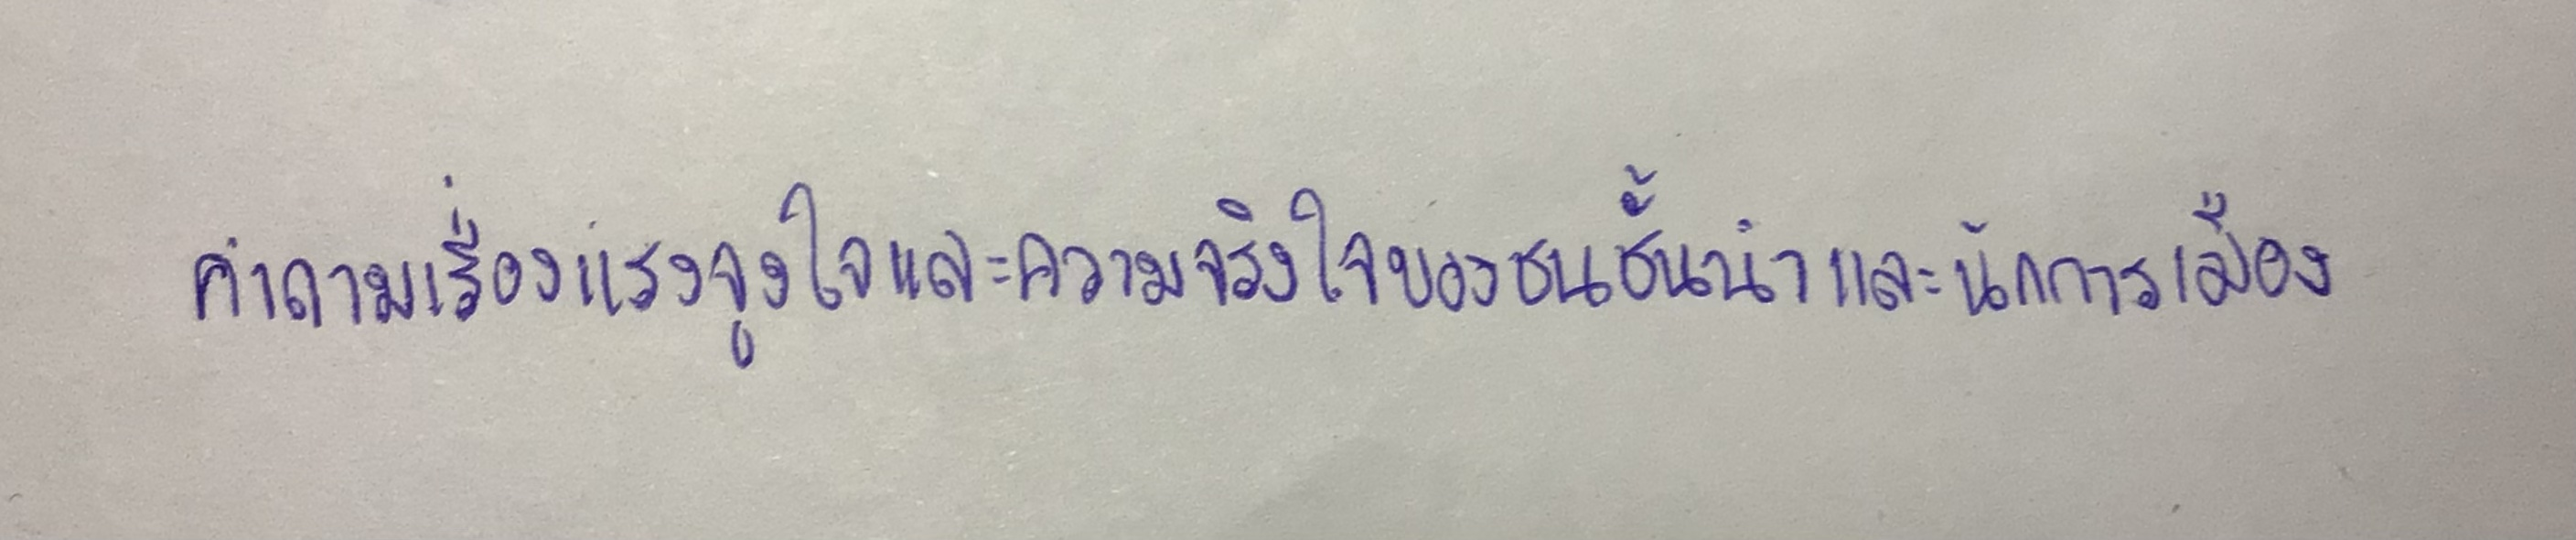
คำถามเรื่องแรงจูงใจและความจริงใจของชนชั้นนำและนักการเมือง